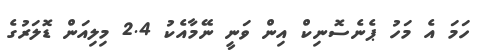
ހަމަ އެ މަހު ޕެނެސޮނިކް އިން ވަނީ ނޭމާއެކު 2.4 މިލިއަން ޑޮލަރުގެ